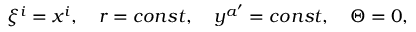
\xi ^ { i } = x ^ { i } , \quad r = c o n s t , \quad y ^ { a ^ { \prime } } = c o n s t , \quad \Theta = 0 ,